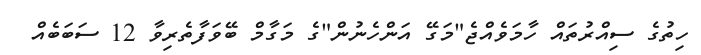
ހިތުގެ ސިއްރުތައް ހާމަވެއްޖެ"މަގޭ އަންހެނުން"ގެ މަގާމް ބޭވަފާތެރިވާ 12 ސަބަބެއް